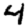
Digit: 4